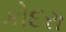
કોદરા